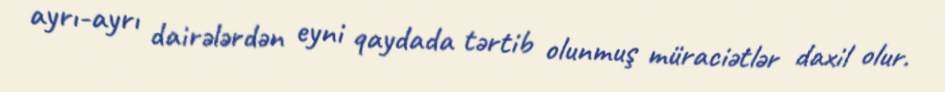
ayrı-ayrı dairələrdən eyni qaydada tərtib olunmuş müraciətlər daxil olur.